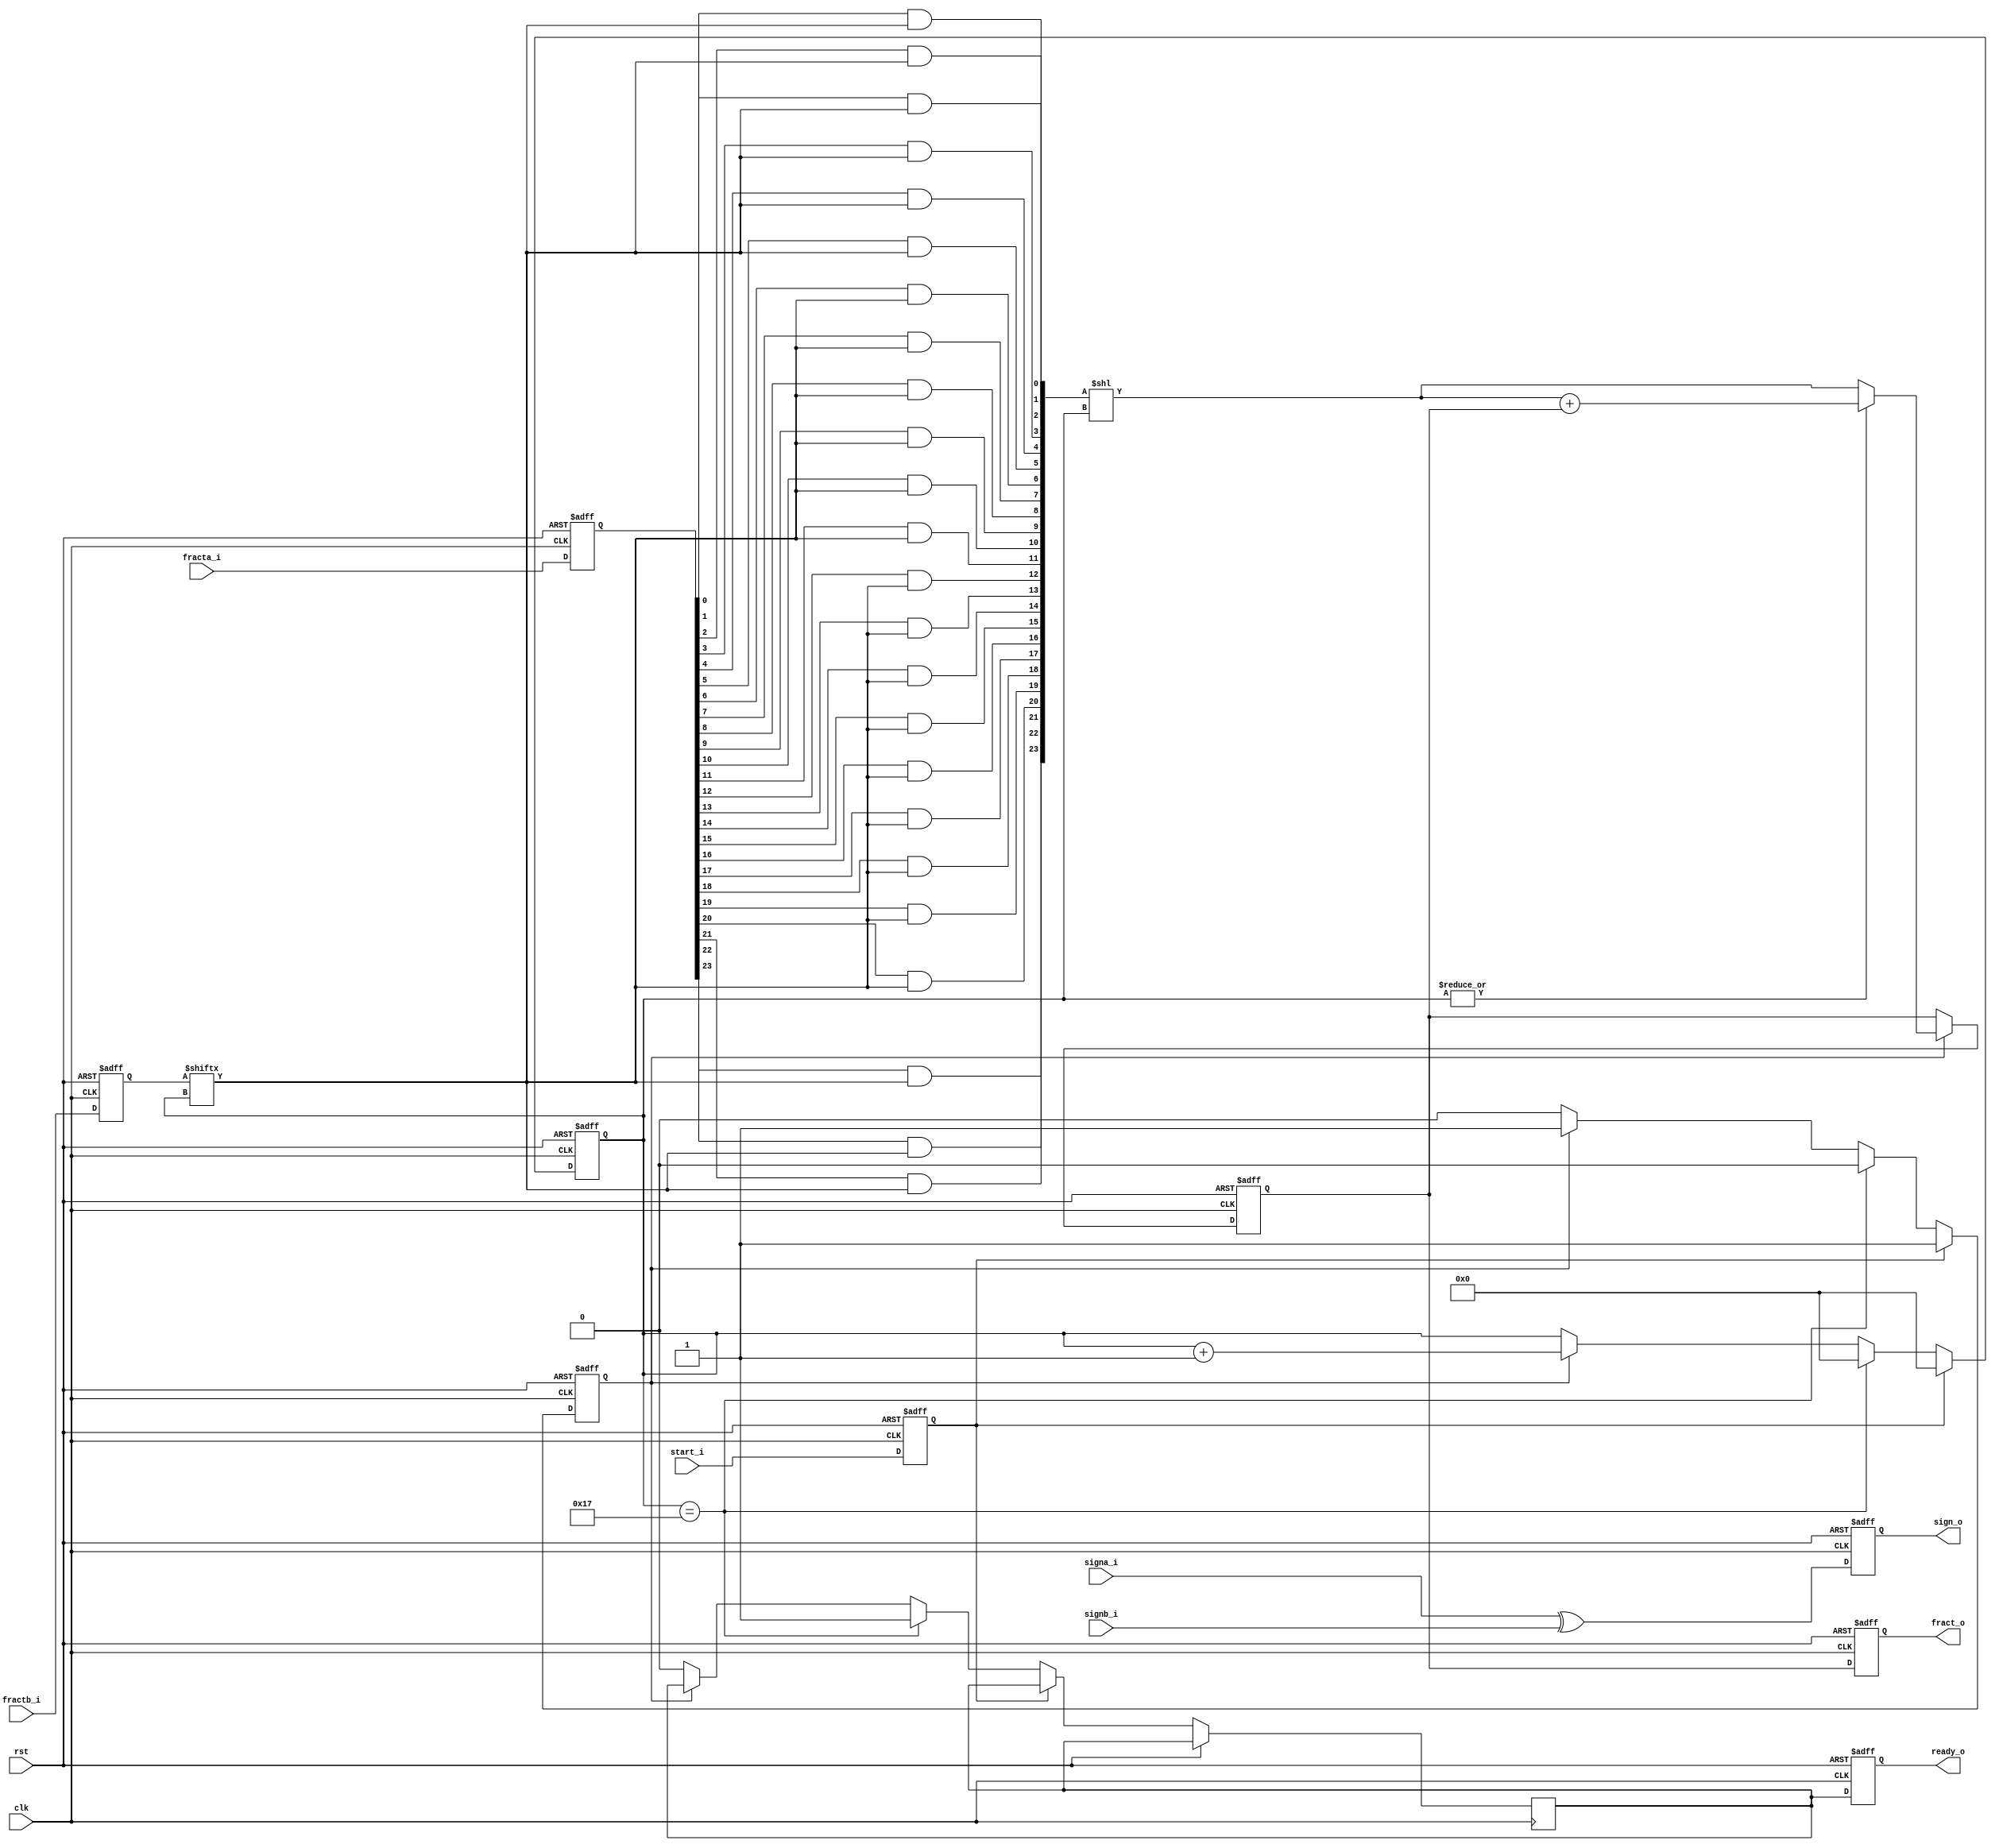
module fpu_mul 
  (  
     clk,
     rst,
     fracta_i,
     fractb_i,
     signa_i,
     signb_i,
     start_i,
     fract_o,
     sign_o,
     ready_o
     );

   parameter FP_WIDTH = 32;
   parameter MUL_SERIAL = 0; // 0 for parallel multiplier, 1 for serial
   parameter MUL_COUNT = 11; //11 for parallel multiplier, 34 for serial
   parameter FRAC_WIDTH = 23;
   parameter EXP_WIDTH = 8;
   parameter ZERO_VECTOR = 31'd0;
   parameter INF = 31'b1111111100000000000000000000000;
   parameter QNAN = 31'b1111111110000000000000000000000;
   parameter SNAN = 31'b1111111100000000000000000000001;
   
   input clk;
   input rst;
   
   input [FRAC_WIDTH:0] fracta_i;   
   input [FRAC_WIDTH:0] fractb_i;   
   input 		signa_i;
   input 		signb_i;
   input 		start_i;
   output reg [2*FRAC_WIDTH+1:0] fract_o;
   output reg 			 sign_o;
   output reg 			 ready_o;
   
   parameter t_state_waiting = 1'b0,
	       t_state_busy = 1'b1;

   reg [47:0] 			 s_fract_o;
   reg [23:0] 			 s_fracta_i;
   reg [23:0] 			 s_fractb_i;
   reg 				 s_signa_i, s_signb_i;
   wire 			 s_sign_o;
   reg 				 s_start_i;
   reg 				 s_ready_o;
   reg 				 s_state;
   reg [4:0] 			 s_count;
   wire [23:0] 			 s_tem_prod;

   // Input Register
   always @(posedge clk or posedge rst) 
     if (rst)
       begin 
	  s_fracta_i <= 'd0;
	  s_fractb_i <= 'd0;
	  s_signa_i <= 1'b0;
	  s_signb_i <= 1'b0;
	  s_start_i <= 1'b0;
       end
     else 
       begin
	  s_fracta_i <= fracta_i;
	  s_fractb_i <= fractb_i;
	  s_signa_i<= signa_i;
	  s_signb_i<= signb_i;
	  s_start_i <= start_i;
       end
   
   // Output Register
   always @(posedge clk or posedge rst) 
     if (rst) 
       begin
	  fract_o <= 'd0;
	  sign_o <= 1'b0;
	  ready_o <= 1'b0;
       end
     else 
       begin
	  fract_o <= s_fract_o;
	  sign_o <= s_sign_o;	
	  ready_o <= s_ready_o;
       end

   assign s_sign_o = signa_i ^ signb_i;

   // FSM
   always @(posedge clk or posedge rst) 
     if (rst)
       begin
	  s_state <= t_state_waiting;
	  s_count <= 0;
       end
     else 
       if (s_start_i)
	 begin
	    s_state <= t_state_busy;
	    s_count <= 0;
	 end
       else if (s_count==23)
	 begin
	    s_state <= t_state_waiting;
	    s_ready_o <= 1;
	    s_count <=0;
	 end
       else if (s_state==t_state_busy)
	 s_count <= s_count + 1;
       else
	 begin
	    s_state <= t_state_waiting;
	    s_ready_o <= 0;
	 end
   
   assign s_tem_prod[0] = s_fracta_i[0] & s_fractb_i[s_count];
   assign s_tem_prod[1] = s_fracta_i[1] & s_fractb_i[s_count];
   assign s_tem_prod[2] = s_fracta_i[2] & s_fractb_i[s_count];
   assign s_tem_prod[3] = s_fracta_i[3] & s_fractb_i[s_count];
   assign s_tem_prod[4] = s_fracta_i[4] & s_fractb_i[s_count];
   assign s_tem_prod[5] = s_fracta_i[5] & s_fractb_i[s_count];
   assign s_tem_prod[6] = s_fracta_i[6] & s_fractb_i[s_count];
   assign s_tem_prod[7] = s_fracta_i[7] & s_fractb_i[s_count];
   assign s_tem_prod[8] = s_fracta_i[8] & s_fractb_i[s_count];
   assign s_tem_prod[9] = s_fracta_i[9] & s_fractb_i[s_count];
   assign s_tem_prod[10] = s_fracta_i[10] & s_fractb_i[s_count];
   assign s_tem_prod[11] = s_fracta_i[11] & s_fractb_i[s_count];
   assign s_tem_prod[12] = s_fracta_i[12] & s_fractb_i[s_count];
   assign s_tem_prod[13] = s_fracta_i[13] & s_fractb_i[s_count];
   assign s_tem_prod[14] = s_fracta_i[14] & s_fractb_i[s_count];
   assign s_tem_prod[15] = s_fracta_i[15] & s_fractb_i[s_count];
   assign s_tem_prod[16] = s_fracta_i[16] & s_fractb_i[s_count];
   assign s_tem_prod[17] = s_fracta_i[17] & s_fractb_i[s_count];
   assign s_tem_prod[18] = s_fracta_i[18] & s_fractb_i[s_count];
   assign s_tem_prod[19] = s_fracta_i[19] & s_fractb_i[s_count];
   assign s_tem_prod[20] = s_fracta_i[20] & s_fractb_i[s_count];
   assign s_tem_prod[21] = s_fracta_i[21] & s_fractb_i[s_count];
   assign s_tem_prod[22] = s_fracta_i[22] & s_fractb_i[s_count];
   assign s_tem_prod[23] = s_fracta_i[23] & s_fractb_i[s_count];
   
   wire [47:0] v_prod_shl;
   assign v_prod_shl = {24'd0,s_tem_prod} << s_count[4:0];

   always @(posedge clk or posedge rst) 
     if (rst)
       s_fract_o <= 'd0; 
     else
       if (s_state==t_state_busy)
	 begin
	    if (|s_count)
	      s_fract_o <= v_prod_shl + s_fract_o;
	    else
	      s_fract_o <= v_prod_shl;
	 end
   
endmodule